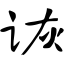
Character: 诙